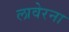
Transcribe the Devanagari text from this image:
लावेरना